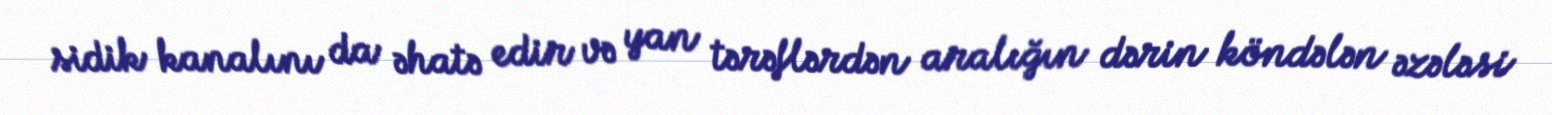
sidik kanalını da əhatə edir və yan tərəflərdən aralığın dərin köndələn əzələsi